Sketch of the medical history of the native army of Bombay, for the year
Year: 1876
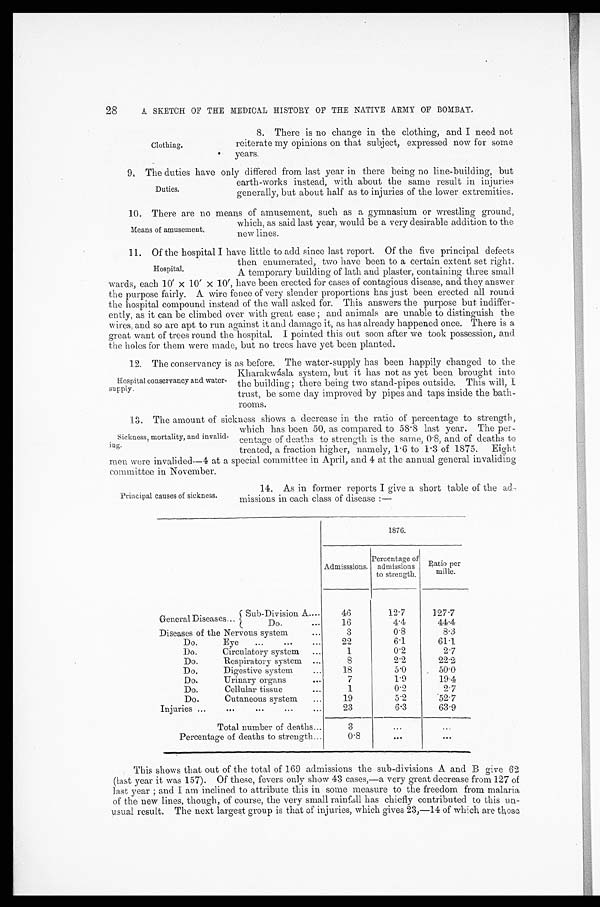
28
A SKETCH OF THE MEDICAL HISTORY OF THE NATIVE ARMY OF BOMBAY.
Clothing.
8. There is no change in the clothing, and I need not
reiterate my opinions on that subject, expressed now for some
years.
9. The duties have only differed from last year in there being no line-building, but
earth-works instead, with about the same result in injuries
generally, but about half as to injuries of the lower extremities.
10.
There are no means of amusement, such as a gymnasium or wrestling ground,
which, as said last year, would be a very desirable addition to the
new lines.
11.
Of the hospital I have little to add since last report. Of the five principal defects
Duties.
Means of amusement.
Hospital.
then enumerated, two have been to a certain extent set right.
A temporary building of lath and plaster, containing three small
wards, each 10' x 10 ' x 10', have been erected for cases of contagious disease, and they answer
the purpose fairly. A wire fence of very slender proportions has just been erected all round
the hospital compound instead of the wall asked for. This answers the purpose but indiffer-
ently, as it can be climbed over with great ease ; and animals are unable to distinguish the
wires, and so are apt to run against it and damage it, as has already happened once. There is a
great want of trees round the hospital. I pointed this out soon after we took possession, and
the holes for them were made, but no trees have yet been planted.
12. The conservancy is as before. The water-supply has been happily changed to the
Kharakwásla system, but it has not as yet been brought into
the building ; there being two stand-pipes outside. This will, I
trust, be some day improved by pipes and taps inside the bath-
rooms.
13. The amount of sickness shows a decrease in the ratio of percentage to strength,
which has been 50, as compared to 58 . 8 last year. The
percentage of deaths to strength is the same, 0 . 8, and of deaths to
treated, a fraction higher,
n a m e l y , 1 . 6 t o 1 . 3 o f 1 8 7 5 . E i g h t m e n w e r e i n v a l i d e d — 4 a t a s p e c i a l c o m m i t t e e i n A p r i l , a n d 4 a t t h e a n n u a l g e n e r a l i n v a l i d i n g
committee in November.
Hospital conservancy and water-
supply.
Sickness, mortality, and invalid-
ing.
Principal causes of sickness.
14. As in former reports I give a short table of the
admissions in each class of disease :—
1876.
Admisssions.
Percentage of
admissions
to strength.
Ratio per
mille.
General Diseases...
Sub-Division A.
. . .
46
12.7
127.7
Do.
. . .
16
4.4
44.4
Diseases of the Nervous system
. . .
3
0.8
8.3
Do.
Eye
. . .
. . .
. . .
22
6.1
61.1
Do.
Circulatory system
...
1
0 . 2
2.7
Do.
Respiratory system
...
8
2.2
22.2
Do.
Digestive system
...
18
5.0
50.0
Do.
Urinary organs
. . .
7
1.9
1 9 . 4
Do.
Cellular tissue
...
1
0.2
2.7
Do.
Cutaneous system
...
19
5 . 2
5 2 . 7
Injuries ... ...
...
...
...
23
6.3
63.9
Total number of deaths
. . .
3
...
...
Percentage of deaths to strength . . .
0.8
...
...
This shows that out of the total of 169 admissions the sub-divisions A and B give 62
(last year it was 157). Of these, fevers only show 43 cases,—a very great decrease from 127 of
last year ; and I am inclined to attribute this in some measure to the freedom from malaria
of the new lines, though, of course, the very small rainfall has chiefly contributed to this un-
usual result. The next largest group is that of injuries, which gives 23,—14 of which are those